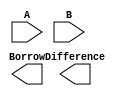
module ripple_carry_subtractor (
  input [7:0] A,
  input [7:0] B,
  output [7:0] Difference,
  output Borrow
);

wire [7:0] carry;
wire [7:0] cout;
wire [7:0] sum;

// First stage
xor #8 x1 (A, ~B, sum);
and #8 a1 (A, ~B, carry);

// Second stage
xor #8 x2 (sum, B, Difference);
xor #8 x3 (sum, carry, cout);

// Borrow output
or #8 o1 (carry, cout, Borrow);

endmodule